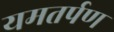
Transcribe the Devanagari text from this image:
यमतर्पण